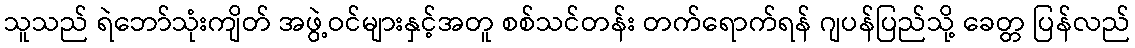
သူသည် ရဲဘော်သုံးကျိတ် အဖွဲ့ဝင်များနှင့်အတူ စစ်သင်တန်း တက်ရောက်ရန် ဂျပန်ပြည်သို့ ခေတ္တ ပြန်လည်